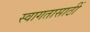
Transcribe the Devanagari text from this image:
स्वागतासाठीं